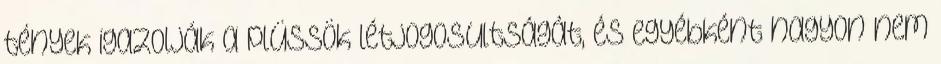
tények igazolják a plüssök létjogosultságát, és egyébként nagyon nem